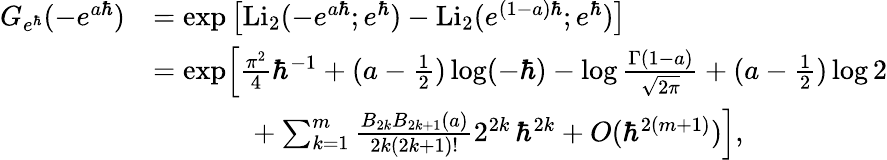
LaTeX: \begin{array}{rl}{G_{e^{\hbar}}(-e^{a\hbar})}&{=\exp\left[\mathrm{Li}_{2}(-e^{a\hbar};e^{\hbar})-\mathrm{Li}_{2}(e^{(1-a)\hbar};e^{\hbar})\right]}\\ &{=\exp\Bigl[\frac{\pi^{2}}{4}\hbar^{-1}+(a-\frac{1}{2})\log(-\hbar)-\log\frac{\Gamma(1-a)}{\sqrt{2\pi}}+(a-\frac{1}{2})\log 2}\\ &{\phantom{=\exp x}+\sum_{k=1}^{m}\frac{B_{2k}B_{2k+1}(a)}{2k(2k+1)!}2^{2k}\, \hbar^{2k}+O(\hbar^{2(m+1)})\Bigr],}\end{array}